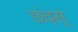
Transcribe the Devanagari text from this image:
छंदस्